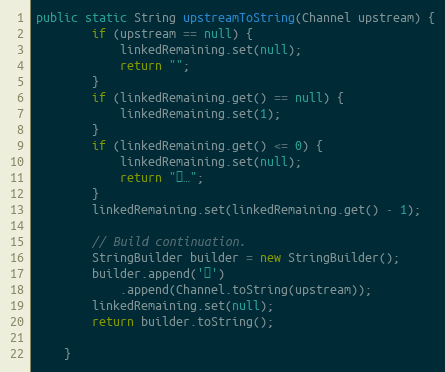
Language: Java
public static String upstreamToString(Channel upstream) {
        if (upstream == null) {
            linkedRemaining.set(null);
            return "";
        }
        if (linkedRemaining.get() == null) {
            linkedRemaining.set(1);
        }
        if (linkedRemaining.get() <= 0) {
            linkedRemaining.set(null);
            return "↔…";
        }
        linkedRemaining.set(linkedRemaining.get() - 1);

        // Build continuation.
        StringBuilder builder = new StringBuilder();
        builder.append('↔')
            .append(Channel.toString(upstream));
        linkedRemaining.set(null);
        return builder.toString();

    }